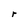
Character: r